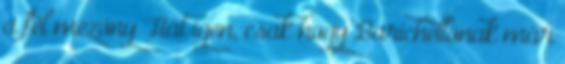
a fél mezőny Hát igen, csak hogy Barichellónak már